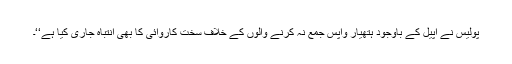
پولیس نے اپیل کے باوجود ہتھیار واپس جمع نہ کرنے والوں کے خلاف سخت کاروائی کا بھی انتباہ جاری کیا ہے‘‘۔